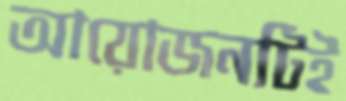
আয়োজনটিই